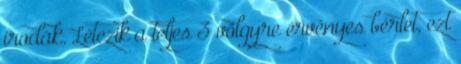
irodák. Létezik a teljes 3 völgyre érvényes bérlet, ezt